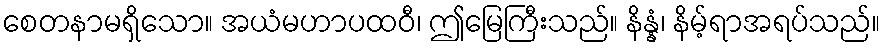
စေတနာမရှိသော။ အယံမဟာပထဝီ၊ ဤမြေကြီးသည်။ နိန္နံ၊ နိမ့်ရာအရပ်သည်။